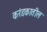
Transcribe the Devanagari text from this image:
करंडकातील